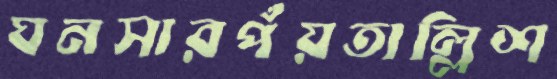
ঘনসারপঁয়তাল্লিশ